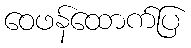
ဝေဖန်ထောက်ပြ